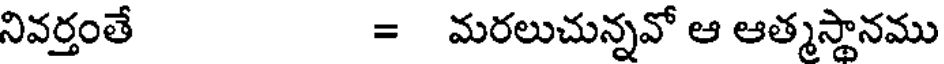
నివర్తంతే = మరలుచున్నవో ఆ ఆత్మస్థానము